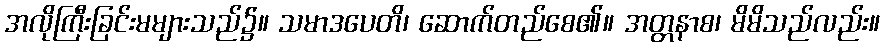
အလိုကြီးခြင်းမများသည်၌။ သမာဒပေတိ၊ ဆောက်တည်စေ၏။ အတ္တနာစ၊ မိမိသည်လည်း။